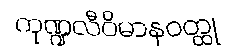
ကုဏ္ဍလီဝိမာနဝတ္ထု